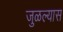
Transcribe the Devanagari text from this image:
जुळल्यास